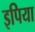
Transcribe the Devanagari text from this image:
इपिया